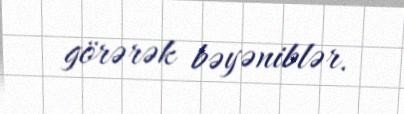
görərək bəyəniblər.